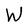
Character: W